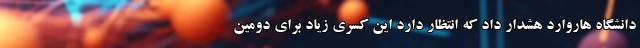
دانشگاه هاروارد هشدار داد که انتظار دارد این کسری زیاد برای دومین